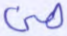
هن